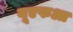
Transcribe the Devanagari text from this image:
यूएफआ